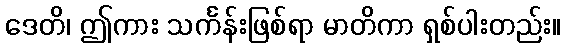
ဒေတိ၊ ဤကား သင်္ကန်းဖြစ်ရာ မာတိကာ ရှစ်ပါးတည်း။